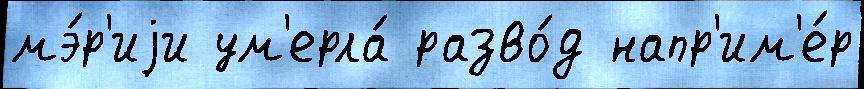
мэ́р'иjи ум'ерла́ разво́д напр'им'е́р